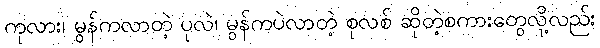
ကုလား၊ မွန်ကလာတဲ့ ပုလဲ၊ မွန်ကပဲလာတဲ့ စုလစ် ဆိုတဲ့စကားတွေလို့လည်း